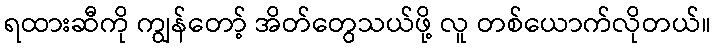
ရထားဆီကို ကျွန်တော့် အိတ်တွေသယ်ဖို့ လူ တစ်ယောက်လိုတယ်။